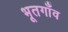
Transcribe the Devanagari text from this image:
भूतगाँव